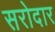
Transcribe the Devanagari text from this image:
सरोदार